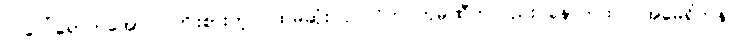
လပေါ်ရောက်အောင် ကြိုးစားတဲ့ ပထမဆုံး ပုဂ္ဂလိက ကုမ္ပဏီကလည်း နောက်ထပ် အမေရိကန်